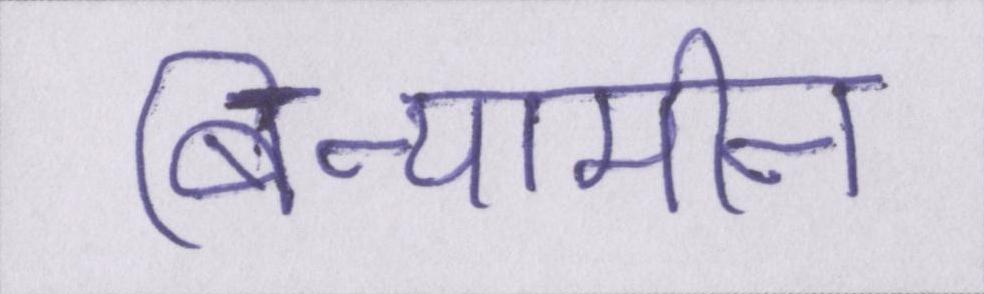
बिन्यामीन